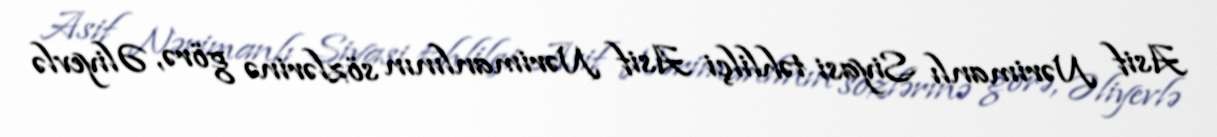
Asif Nərimanlı Siyasi təhlilçi Asif Nərimanlının sözlərinə görə, Əliyevlə